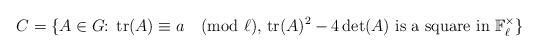
LaTeX: \begin{align*}C=\{\textup{$A\in G$: $\mathrm{tr}(A)\equiv a\pmod{\ell}$, $\mathrm{tr}(A)^2-4\det(A)$ is a square in $\mathbb{F}_{\ell}^\times$}\}\end{align*}